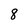
Character: 8